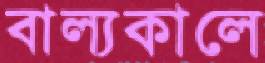
বাল্যকালে